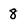
Character: 8